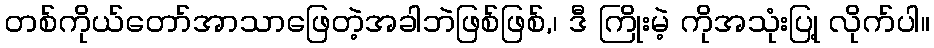
တစ်ကိုယ်တော်အာသာဖြေတဲ့အခါဘဲဖြစ်ဖြစ်,၊ ဒီ ကြိုးမဲ့ ကိုအသုံးပြု့ လိုက်ပါ။